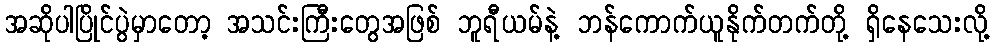
အဆိုပါပြိုင်ပွဲမှာတော့ အသင်းကြီးတွေအဖြစ် ဘူရီယမ်နဲ့ ဘန်ကောက်ယူနိုက်တက်တို့ ရှိနေသေးလို့